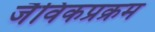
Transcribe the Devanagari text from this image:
जैविकप्रक्रम